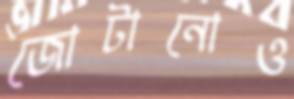
জোটানোও